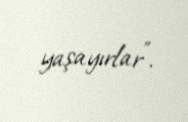
yaşayırlar”.